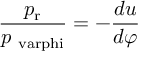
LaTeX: { \frac { p _ { \mathrm { r } } } { p _ { \mathrm { \ v a r p h i } } } } = - { \frac { d u } { d \varphi } }